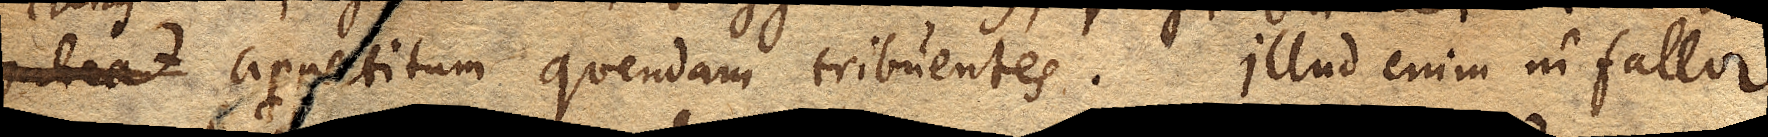
habeat appetitum quendam tribuentes. Illud enim ni fallor